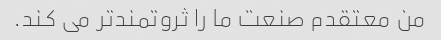
من معتقدم صنعت ما را ثروتمندتر می کند.